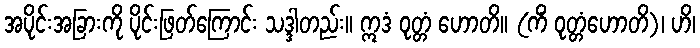
အပိုင်းအခြားကို ပိုင်းဖြတ်ကြောင်း သဒ္ဒါတည်း။ ဣဒံ ဝုတ္တံ ဟောတိ။ (ကိံ ဝုတ္တံဟောတိ)၊ ဟိ၊